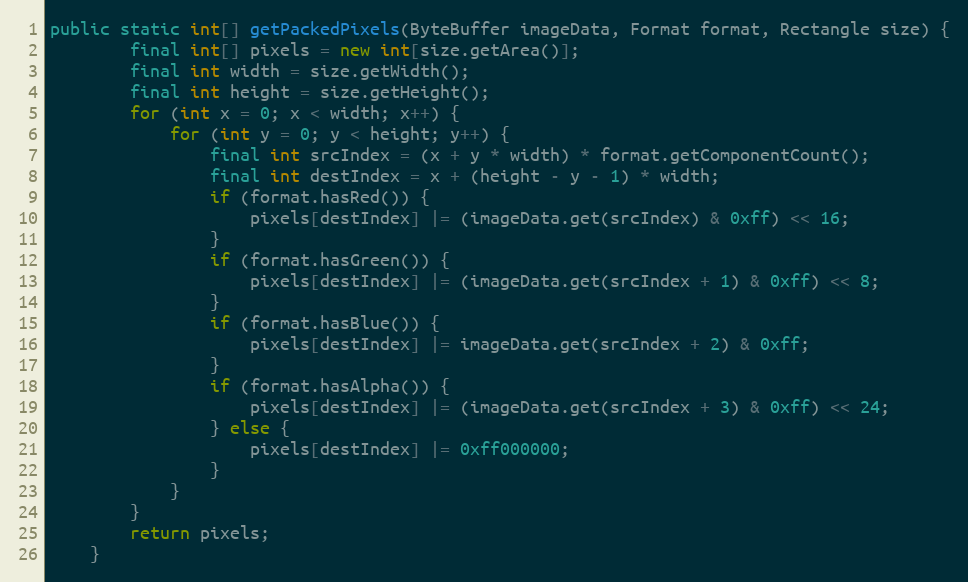
Language: Java
public static int[] getPackedPixels(ByteBuffer imageData, Format format, Rectangle size) {
        final int[] pixels = new int[size.getArea()];
        final int width = size.getWidth();
        final int height = size.getHeight();
        for (int x = 0; x < width; x++) {
            for (int y = 0; y < height; y++) {
                final int srcIndex = (x + y * width) * format.getComponentCount();
                final int destIndex = x + (height - y - 1) * width;
                if (format.hasRed()) {
                    pixels[destIndex] |= (imageData.get(srcIndex) & 0xff) << 16;
                }
                if (format.hasGreen()) {
                    pixels[destIndex] |= (imageData.get(srcIndex + 1) & 0xff) << 8;
                }
                if (format.hasBlue()) {
                    pixels[destIndex] |= imageData.get(srcIndex + 2) & 0xff;
                }
                if (format.hasAlpha()) {
                    pixels[destIndex] |= (imageData.get(srcIndex + 3) & 0xff) << 24;
                } else {
                    pixels[destIndex] |= 0xff000000;
                }
            }
        }
        return pixels;
    }